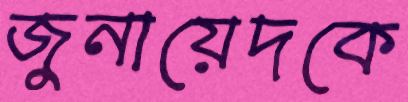
জুনায়েদকে